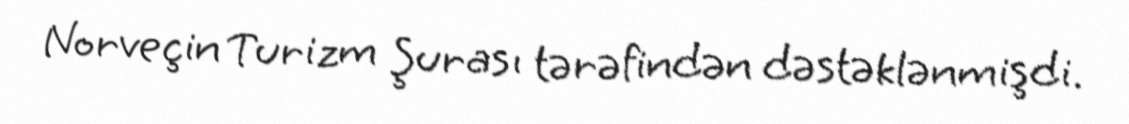
Norveçin Turizm Şurası tərəfindən dəstəklənmişdi.